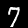
Label: 7